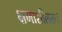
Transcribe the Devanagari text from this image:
क्षमाशीलता।